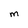
Character: M